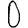
Digit: 0